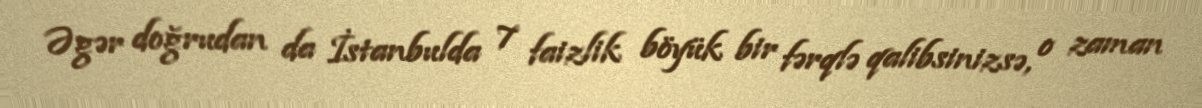
Əgər doğrudan da İstanbulda 7 faizlik böyük bir fərqlə qalibsinizsə, o zaman